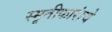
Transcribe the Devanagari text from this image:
स्मृतीकारांचे